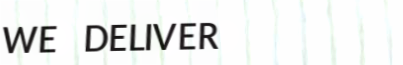
WE DELIVER